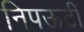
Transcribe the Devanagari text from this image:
निपऊटी